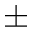
\pm